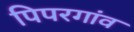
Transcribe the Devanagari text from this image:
पिपरगांव